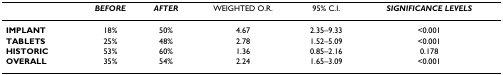
|  | BEFORE | AFTER | WEIGHTED O.R. | 95% C.I. | SIGNIFICANCE LEVELS |
 | --- | --- | --- | --- | --- | --- |
 | IMPLANT | 18% | 50% | 4.67 | 2.35–9.33 | <0.001 |
 | TABLETS | 25% | 48% | 2.78 | 1.52–5.09 | <0.001 |
 | HISTORIC | 53% | 60% | 1.36 | 0.85–2.16 | 0.178 |
 | OVERALL | 35% | 54% | 2.24 | 1.65–3.09 | <0.001 |